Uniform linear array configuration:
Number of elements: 8
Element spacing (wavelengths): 0.75
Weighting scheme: hann
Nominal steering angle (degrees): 45
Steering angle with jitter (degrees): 44.991
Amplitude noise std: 0.05
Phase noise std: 0.05

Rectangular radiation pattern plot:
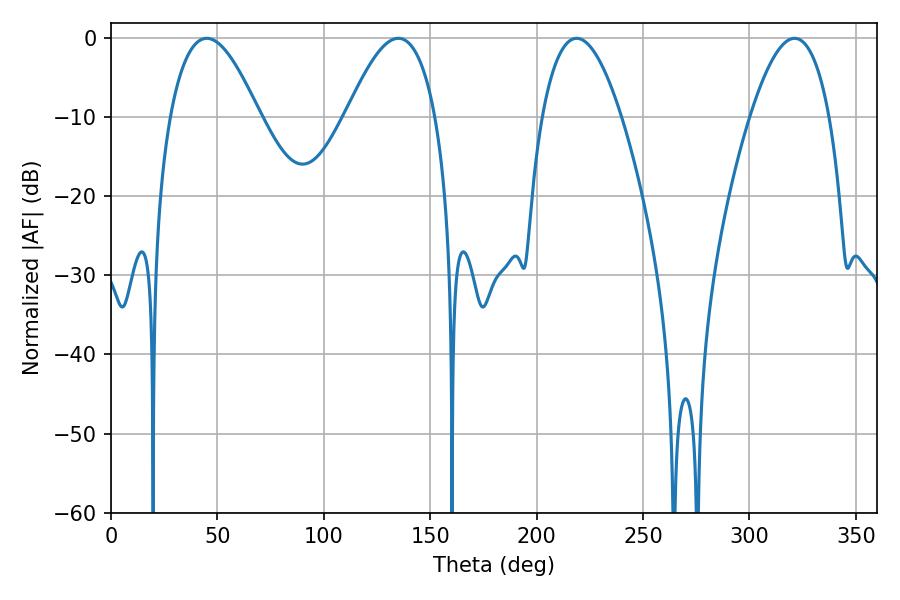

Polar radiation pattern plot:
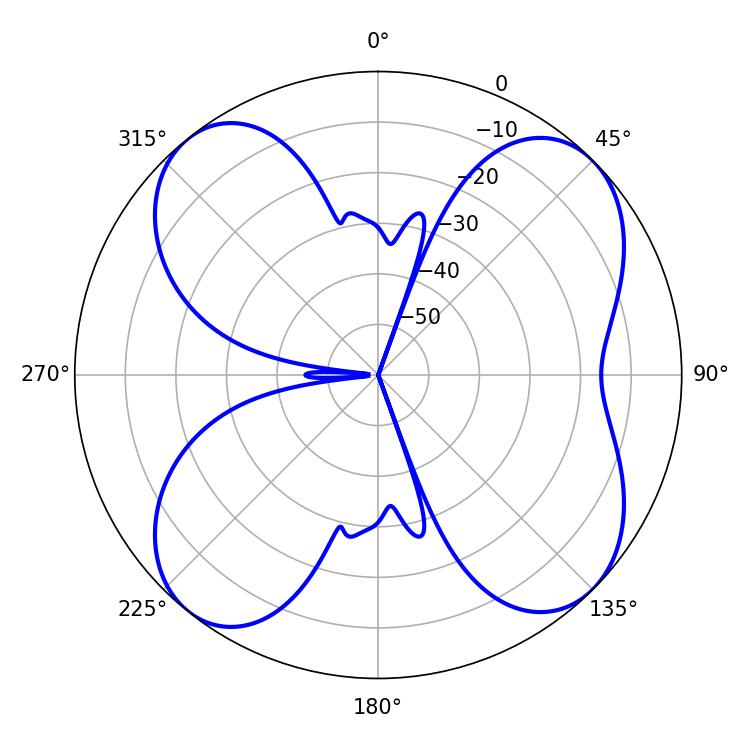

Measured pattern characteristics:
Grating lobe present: TRUE
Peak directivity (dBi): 11.177
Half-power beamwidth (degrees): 22.86
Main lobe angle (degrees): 135